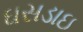
ઘસડાઇ